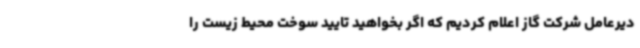
دیرعامل شرکت گاز اعلام کردیم که اگر بخواهید تایید سوخت محیط زیست را